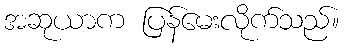
အဆုယာက ပြန်မေးလိုက်သည်။